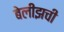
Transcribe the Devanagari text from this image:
बेलीझची